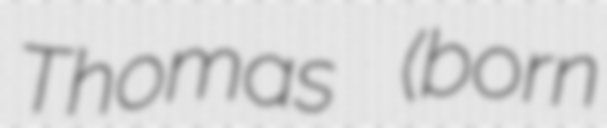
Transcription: Thomas (born